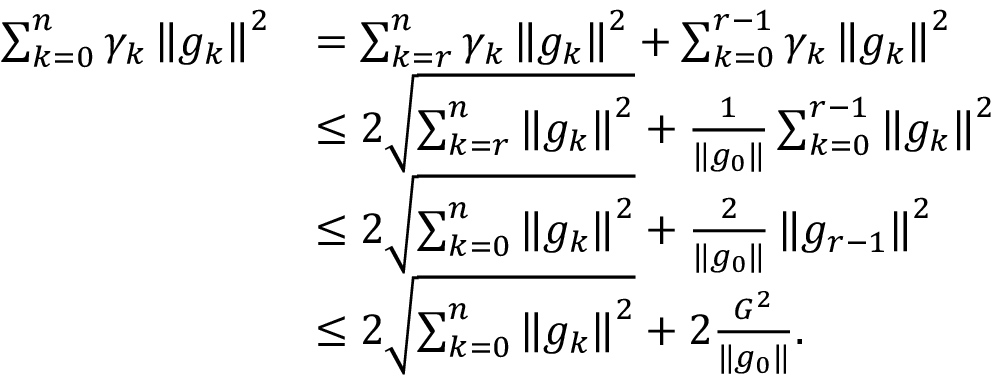
\begin{array} { r l } { \sum _ { k = 0 } ^ { n } \gamma _ { k } \left\Vert g _ { k } \right\Vert ^ { 2 } } & { = \sum _ { k = r } ^ { n } \gamma _ { k } \left\Vert g _ { k } \right\Vert ^ { 2 } + \sum _ { k = 0 } ^ { r - 1 } \gamma _ { k } \left\Vert g _ { k } \right\Vert ^ { 2 } } \\ & { \leq 2 \sqrt { \sum _ { k = r } ^ { n } \left\Vert g _ { k } \right\Vert ^ { 2 } } + \frac { 1 } { \| g _ { 0 } \| } \sum _ { k = 0 } ^ { r - 1 } \left\Vert g _ { k } \right\Vert ^ { 2 } } \\ & { \le 2 \sqrt { \sum _ { k = 0 } ^ { n } \left\Vert g _ { k } \right\Vert ^ { 2 } } + \frac { 2 } { \| g _ { 0 } \| } \left\Vert g _ { r - 1 } \right\Vert ^ { 2 } } \\ & { \le 2 \sqrt { \sum _ { k = 0 } ^ { n } \left\Vert g _ { k } \right\Vert ^ { 2 } } + 2 \frac { G ^ { 2 } } { \| g _ { 0 } \| } . } \end{array}